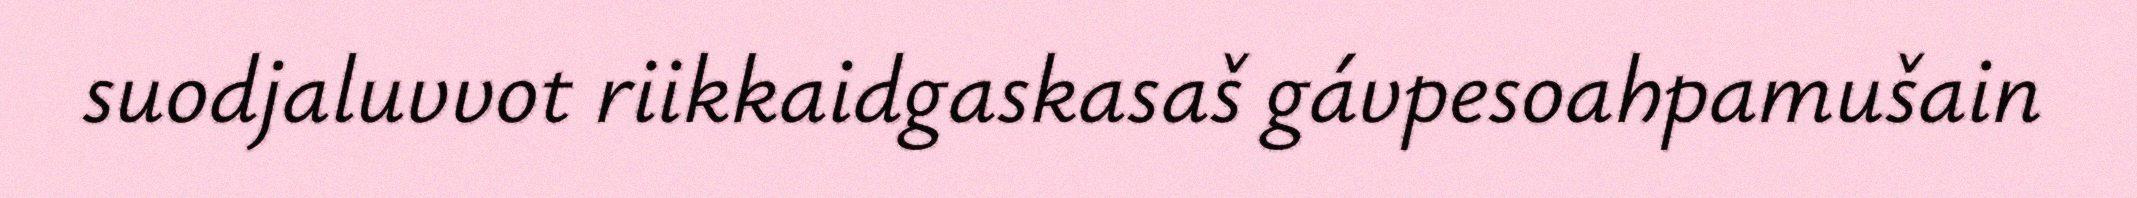
suodjaluvvot riikkaidgaskasaš gávpesoahpamušain